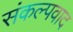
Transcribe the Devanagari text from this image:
संकल्पवाद